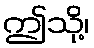
ဤသို့၊